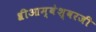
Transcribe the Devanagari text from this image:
श्रीआम्बेश्वरजी